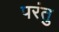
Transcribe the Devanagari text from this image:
परंतु